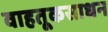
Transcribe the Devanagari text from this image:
वाहतूकसाधन